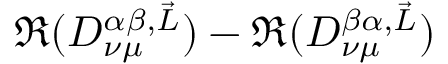
\Re ( D _ { \nu \mu } ^ { \alpha \beta , \vec { L } } ) - \Re ( D _ { \nu \mu } ^ { \beta \alpha , \vec { L } } )